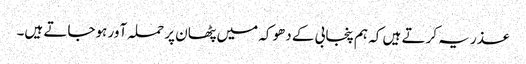
عذر یہ کرتے ہیں کہ ہم پنجابی کے دھوکہ میں پٹھان پر حملہ آور ہوجاتے ہیں۔